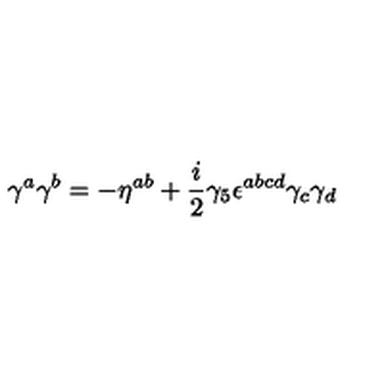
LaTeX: \gamma ^ { a } \gamma ^ { b } = - \eta ^ { a b } + { \frac { i } { 2 } } \gamma _ { 5 } \epsilon ^ { a b c d } \gamma _ { c } \gamma _ { d }